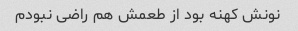
نونش کهنه بود از طعمش هم راضی نبودم